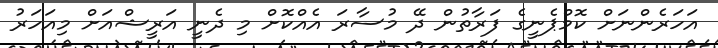
އަހަރެންނަށް ކޮމްޕެނީގެ ފަރާތުން ދޭ މުސާރަ އެއްކޮށް މި ދެނީ އަރީޝްއަށް މިއަހަރު